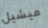
ميشيل